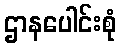
ဌာနပေါင်းစုံ